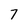
Character: 7